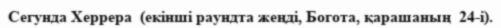
Сегунда Херрера  (екінші раундта жеңді, Богота, қарашаның  24-і).